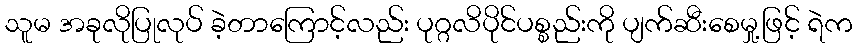
သူမ အခုလိုပြုလုပ် ခဲ့တာကြောင့်လည်း ပုဂ္ဂလိပိုင်ပစ္စည်းကို ပျက်ဆီးစေမှု့ဖြင့် ရဲက